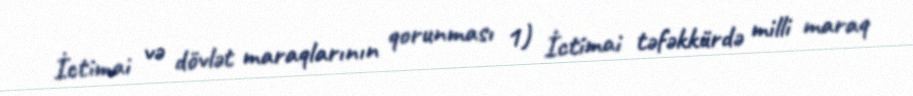
İctimai və dövlət maraqlarının qorunması 1) İctimai təfəkkürdə milli maraq